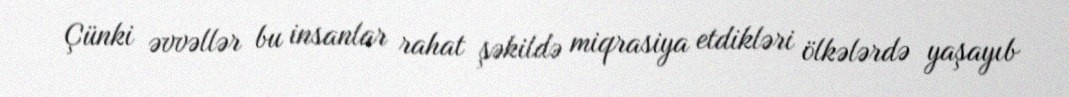
Çünki əvvəllər bu insanlar rahat şəkildə miqrasiya etdikləri ölkələrdə yaşayıb